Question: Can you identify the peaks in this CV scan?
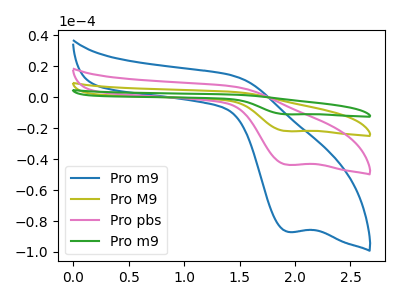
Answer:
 <answer>The blue curve "Pro m9" has a cathodic peak at: (1.95V, -87.05uA). The olive curve "Pro M9" has a cathodic peak at: (1.95V, -87.40uA). The pink curve "Pro pbs" has a cathodic peak at: (1.95V, -43.70uA). The green curve "Pro m9" has a cathodic peak at: (1.95V, -131.10uA).</answer>
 <eval></eval>